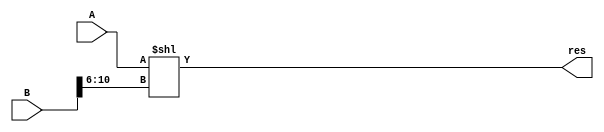
module sll32(input [31:0] A,
				 input [31:0] B,
				 output [31:0] res
				);	
		assign res = A << B[10:6];
endmodule